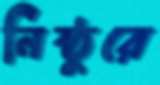
নিষ্ঠুরে